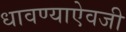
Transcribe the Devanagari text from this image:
धावण्याऐवजी